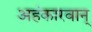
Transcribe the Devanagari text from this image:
अहंकारवान्